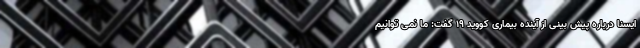
ایسنا درباره پیش بینی از آینده بیماری کووید ۱۹ گفت: ما نمی توانیم